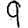
Digit: 9